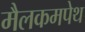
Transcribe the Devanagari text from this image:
मैलकमपेथ